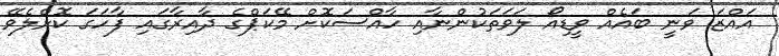
އައްޒަ ވަނީ ބައެއް ވީޑިއޯ ލަވަތަކުންނާއި ހާއްސަކޮށް މޭކަޕްގެ ދާއިރާގައި ފާހަގަ ކޮށްލެވޭ